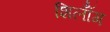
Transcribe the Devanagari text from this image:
शिलॉँग